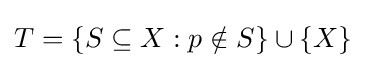
T=\{S\subseteq X:p\notin S\}\cup \{X\}